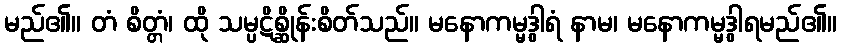
မည်၏။ တံ စိတ္တံ၊ ထို သမ္ပဋိစ္ဆိုန်းစိတ်သည်။ မနောကမ္မဒွါရံ နာမ၊ မနောကမ္မဒွါရမည်၏။